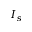
I _ { s }